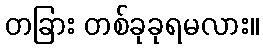
တခြား တစ်ခုခုရမလား။